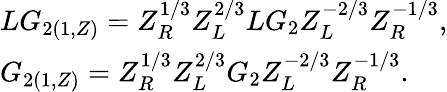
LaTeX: \begin{array}{l}{{LG_{2(1,Z)}=Z_{R}^{1/3}Z_{L}^{2/3}LG_{2}Z_{L}^{-2/3}Z_{R}^{-1/3},}}\\ {{G_{2(1,Z)}=Z_{R}^{1/3}Z_{L}^{2/3}G_{2}Z_{L}^{-2/3}Z_{R}^{-1/3}.}}\end{array}